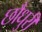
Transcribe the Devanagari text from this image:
छौधुरी